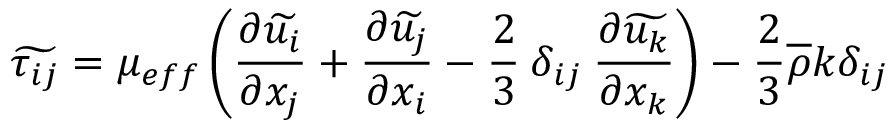
\widetilde { \tau _ { i j } } = \mu _ { e f f } \left( \frac { \partial \widetilde { u _ { i } } } { \partial x _ { j } } + \frac { \partial \widetilde { u _ { j } } } { \partial x _ { i } } - \frac { 2 } { 3 } \: \delta _ { i j } \: \frac { \partial \widetilde { u _ { k } } } { \partial x _ { k } } \right) - \frac { 2 } { 3 } \overline { { \rho } } k \delta _ { i j }